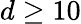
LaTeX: d\ge 10